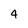
Character: 4